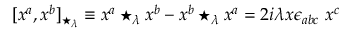
[ x ^ { a } , x ^ { b } ] _ { \star _ { \lambda } } \equiv x ^ { a } \star _ { \lambda } x ^ { b } - x ^ { b } \star _ { \lambda } x ^ { a } = 2 i \lambda x \epsilon _ { a b c } \ x ^ { c }